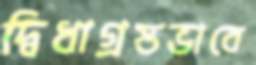
দ্বিধাগ্রস্তভাবে